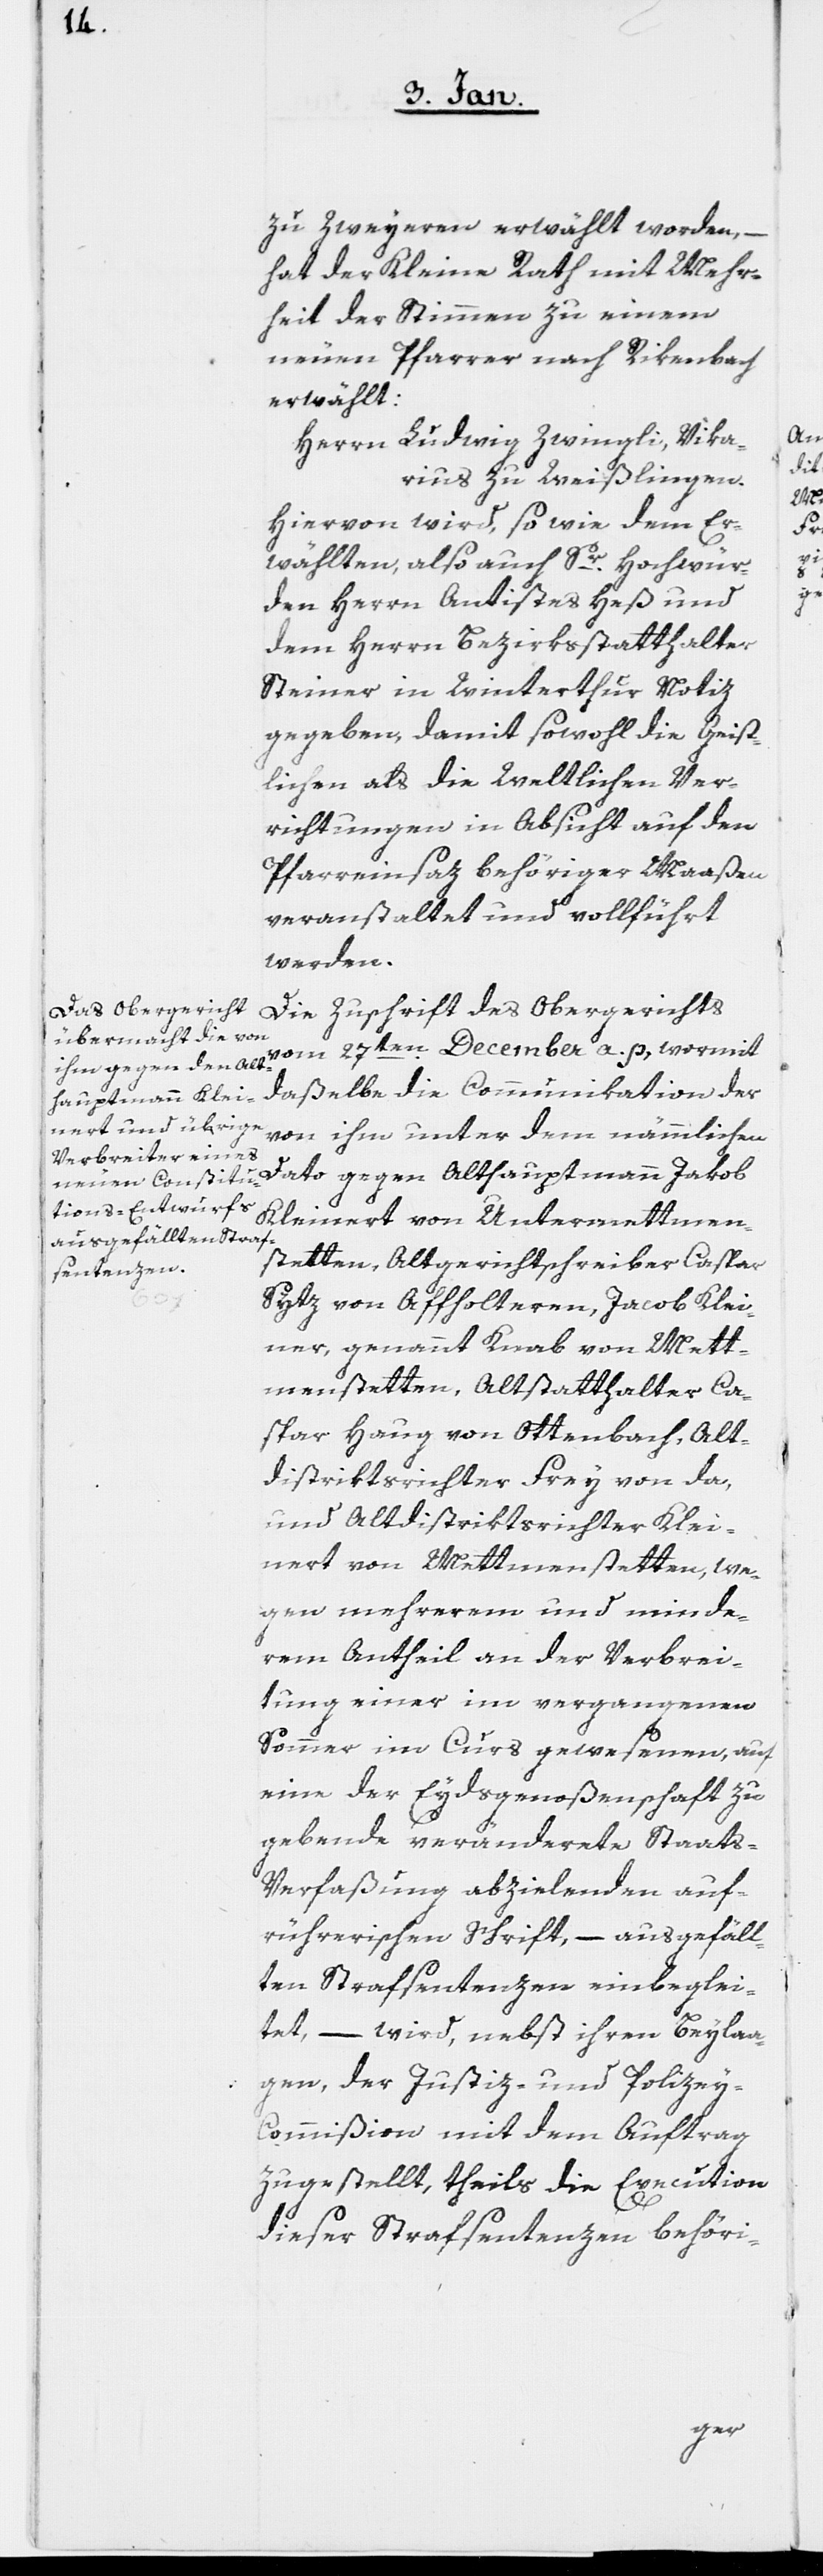
zu Zweyeren erwählt worden, –
hat der Kleine Rath mit Mehr¬
heit der Stimmen zu einem
neuen Pfarrer nach Rikenbach
erwählt:
Herrn Ludwig Zwingli, Vika¬
rius zu Weißlingen.
Hiervon wird, so wie dem Er¬
wählten, also auch Sr. Hochwür¬
den Herrn Antistes Heß und
dem Herrn Bezirksstatthalter
Steiner in Winterthur Notiz
gegeben, damit sowohl die geist¬
lichen als die weltlichen Ver¬
richtungen in Absicht auf den
Pfarreinsatz behöriger Maaßen
veranstaltet und vollführt
werden.
Die Zuschrift des Obergerichts
vom 27sten. December a. p., wormit
daßelbe die Communikation der
von ihm unter dem nämmlichen
Dato gegen Althauptmann Jakob
Kleinert von Untermettmen¬
stetten, Altgerichtschreiber Caspar
Sytz von Affolteren, Jacob Klei¬
ner, genannt Knab von Mett¬
menstetten, Altstatthalter Ca¬
spar Haug von Ottenbach, Alt¬
distriktsrichter Frey von da,
und Altdistriktsrichter Klei¬
nert von Mettmenstetten, we¬
gen mehrerem und minde¬
rem Antheil an der Verbrei¬
tung einer im vergangenen
Sommer im Curs gewesenen, auf
eine der Eydsgenoßenschaft zu
gebende veränderte Staats-V¬
erfaßung abzielenden auf¬
rührerische Schrift, – ausgefäll¬
ten Strafsentenzen einbeglei¬
tet, – wird, nebst ihren Beylaa¬
gen, der Justiz- und Polizey-C¬
ommißion mit dem Auftrag
zugestellt, theils die Execution
dieser Strafsentenzen behöri-